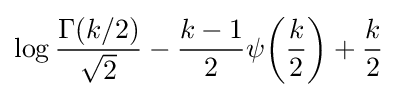
\log {\frac {\Gamma (k/2)}{\sqrt {2}}}-{\frac {k-1}{2}}\psi {\left({\frac {k}{2}}\right)}+{\frac {k}{2}}